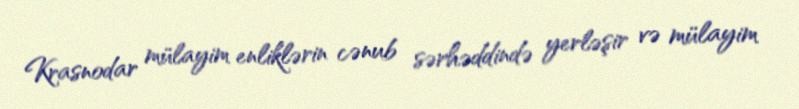
Krasnodar mülayim enliklərin cənub sərhəddində yerləşir və mülayim